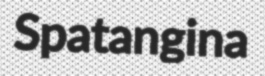
Spatangina